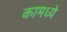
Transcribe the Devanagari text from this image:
कामध्ये